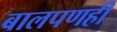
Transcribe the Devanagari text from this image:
बालपणही